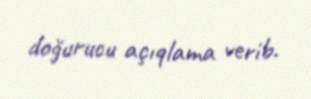
doğurucu açıqlama verib.